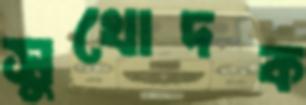
সুখোদক